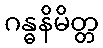
ဂန္ဓနိမိတ္တ